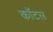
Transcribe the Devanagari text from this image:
कॉटल